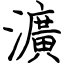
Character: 瀇